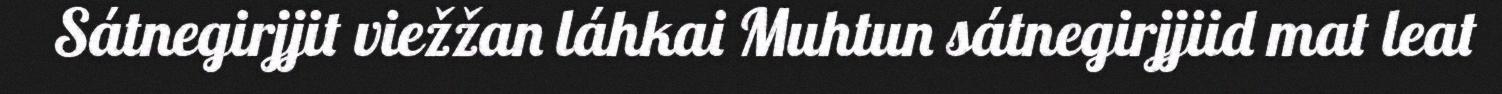
Sátnegirjjit viežžan láhkai Muhtun sátnegirjjiid mat leat